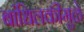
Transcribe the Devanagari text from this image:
बांधिलकीमुळे